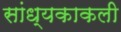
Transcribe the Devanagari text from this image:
सांध्यकाकली